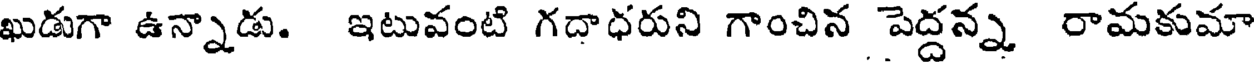
ఖుడుగా ఉన్నాడు. ఇటువంటి గదాధరుని గాంచిన పెద్దన్న రామకుమా